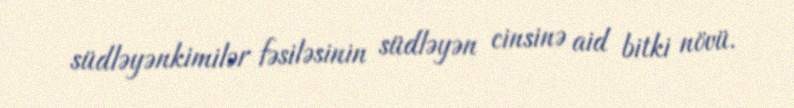
südləyənkimilər fəsiləsinin südləyən cinsinə aid bitki növü.